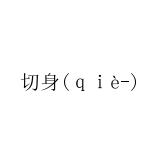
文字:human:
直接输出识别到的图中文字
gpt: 切身(ｑｉè-)